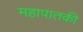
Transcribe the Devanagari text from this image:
महापातकी